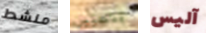
منشط بتعيين آليس